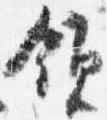
領